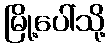
မြို့ပေါ်သို့